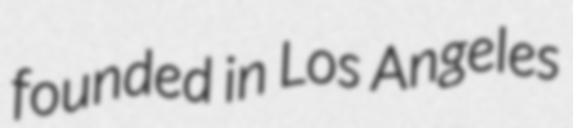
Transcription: founded in Los Angeles